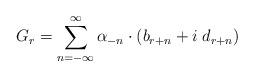
LaTeX: \begin{align*}G_r=\sum_{n=-\infty}^{\infty} \alpha_{-n}\cdot(b_{r+n}+i\;d_{r+n})\end{align*}